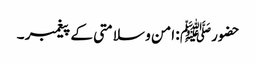
حضورﷺ : امن و سلامتی کے پیغمبر ۔